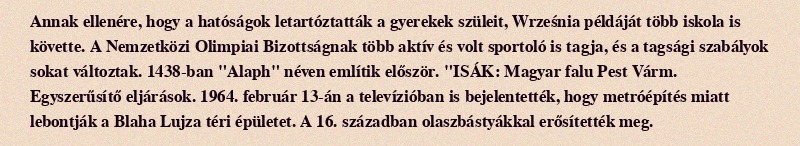
Annak ellenére, hogy a hatóságok letartóztatták a gyerekek szüleit, Września példáját több iskola is követte. A Nemzetközi Olimpiai Bizottságnak több aktív és volt sportoló is tagja, és a tagsági szabályok sokat változtak. 1438-ban "Alaph" néven említik először. "ISÁK: Magyar falu Pest Várm. Egyszerűsítő eljárások. 1964. február 13-án a televízióban is bejelentették, hogy metróépítés miatt lebontják a Blaha Lujza téri épületet. A 16. században olaszbástyákkal erősítették meg.